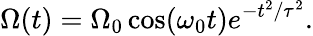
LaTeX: \Omega(t)=\Omega_{0}\cos(\omega_{0}t)e^{-t^{2}/\tau^{2}}.